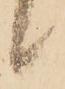
候